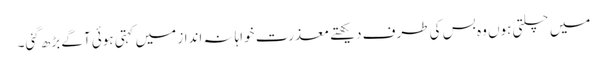
میں چلتی ہوں وہ بس کی طرف دیکھتے معذرت خواہانہ انداز میں کہتی ہوئی آگے بڑھ گئی۔